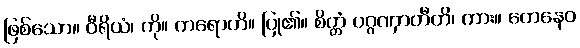
ဖြစ်သော။ ဝီရိယံ၊ ကို။ ကရောတိ။ ပြု၏။ စိတ္တံ ပဂ္ဂဏှာတီတိ၊ ကား။ တေနေဝ